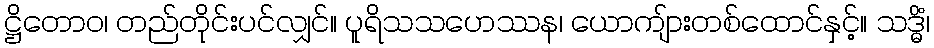
ဋ္ဌိတောဝ၊ တည်တိုင်းပင်လျှင်။ ပူရိသသဟေဿန၊ ယောကျ်ားတစ်ထောင်နှင့်။ သဒ္ဓိံ၊